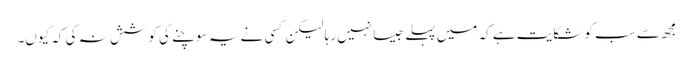
مجھ سے سب کو شکایت ہے کہ میں پہلے جیسا نہیں رہا لیکن کسی نے یہ سوچنے کی کوشش نہ کی کہ کیوں۔